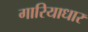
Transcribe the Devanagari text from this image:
गारियाधार